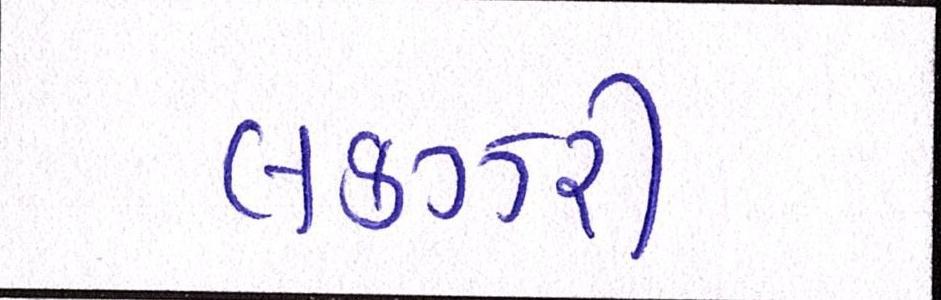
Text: લકઝરી